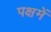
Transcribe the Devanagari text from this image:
पक्षमें